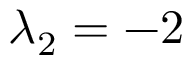
\lambda _ { 2 } = - 2